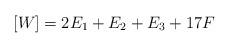
LaTeX: \begin{align*}[W]=2E_{1}+E_{2}+E_{3} + 17F\end{align*}